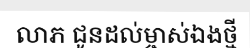
លាភ ជូនដល់ម្ចាស់ឯងថ្មី